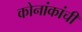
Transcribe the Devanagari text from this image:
कोनांकांची